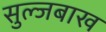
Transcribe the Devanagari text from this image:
सुल्जबाख